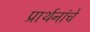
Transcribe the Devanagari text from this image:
प्रार्थनांचे